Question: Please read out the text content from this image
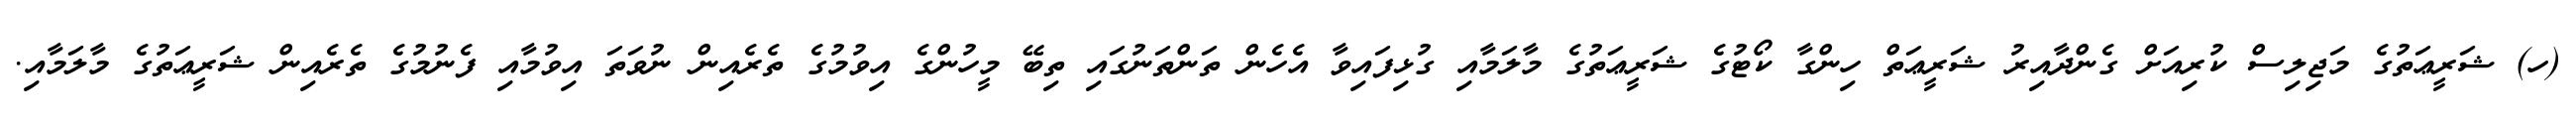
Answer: (ހ) ޝަރީޢަތުގެ މަޖިލިސް ކުރިއަށް ގެންދާއިރު ޝަރީޢަތް ހިންގާ ކޯޓުގެ ޝަރީޢަތުގެ މާލަމާއި ގުޅިފައިވާ އެހެން ތަންތަނުގައި ތިބޭ މީހުންގެ އިވުމުގެ ތެރެއިން ނުވަތަ އިވުމާއި ފެނުމުގެ ތެރެއިން ޝަރީޢަތުގެ މާލަމާއި.